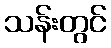
သန်းတွင်